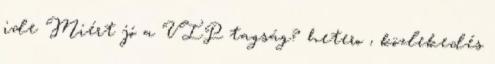
ide Miért jó a VIP tagság? hetero , közlekedés